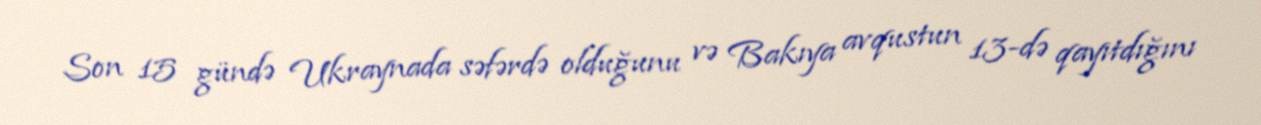
Son 15 gündə Ukraynada səfərdə olduğunu və Bakıya avqustun 13-də qayıtdığını